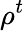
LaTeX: \rho^{t}